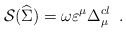
\begin{align*}{\cal S}(\widehat{\Sigma })\;{\cal =\;}\omega \varepsilon ^\mu \Delta _\mu^{cl}\;\;. \end{align*}